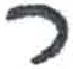
אות: כ